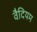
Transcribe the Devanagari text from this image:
वैदियम